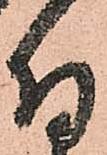
付